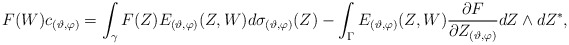
\begin{align*} & F(W)c_{(\vartheta,\varphi)} =\int_{\gamma } F (Z )E_{(\vartheta, \varphi)} (Z , W )d\sigma_{(\vartheta, \varphi)}(Z ) - \int_{\Gamma} E_{(\vartheta , \varphi)}(Z ,W ) \frac{\partial F }{\partial Z_{(\vartheta,\varphi)}} dZ\wedge dZ^{*},\end{align*}